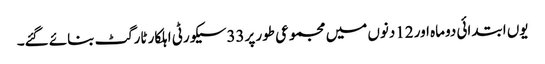
یوں ابتدائی دوماہ اور 12دنوں میں مجموعی طور پر33سیکورٹی اہلکار ٹارگٹ بنائے گئے۔